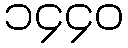
၁၄၄၀